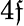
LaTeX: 4\mathfrak{f}